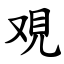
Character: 覌